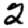
Digit: 2